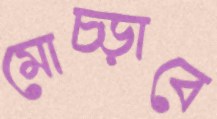
মোচ্‌ড়াবে